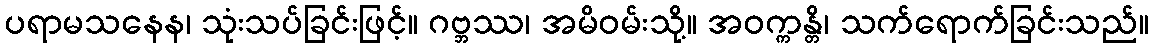
ပရာမသနေန၊ သုံးသပ်ခြင်းဖြင့်။ ဂဗ္ဘဿ၊ အမိဝမ်းသို့။ အဝက္ကန္တိ၊ သက်ရောက်ခြင်းသည်။